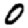
Digit: 0